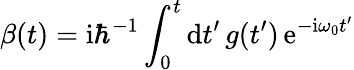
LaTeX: \beta(t)=\mathrm{i}\hbar^{-1}\int_{0}^{t}\mathrm{d}t^{\prime}\, g(t^{\prime})\, \mathrm{e}^{-\mathrm{i}\omega_{0}t^{\prime}}